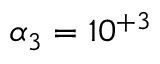
\alpha _ { 3 } = 1 0 ^ { + 3 }